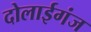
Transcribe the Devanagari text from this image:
दोलाईगंज